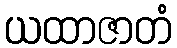
ယထာဇာတံ